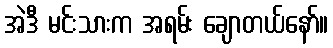
အဲဒီ မင်းသားက အရမ်း ချောတယ်နော်။